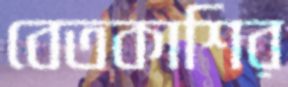
বেতকাশির